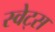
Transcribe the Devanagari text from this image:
स्वेट्स